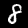
Digit: 8